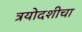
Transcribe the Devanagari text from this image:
त्रयोदशीचा